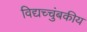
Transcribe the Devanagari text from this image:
विद्यच्चुंबकीय